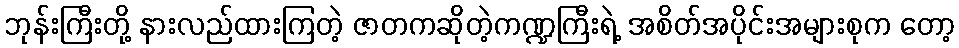
ဘုန်းကြီးတို့ နားလည်ထားကြတဲ့ ဇာတကဆိုတဲ့ကဏ္ဍကြီးရဲ့ အစိတ်အပိုင်းအများစုက တော့